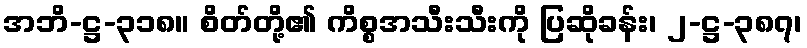
အဘိ-ဋ္ဌ-၃၁၈။ စိတ်တို့၏ ကိစ္စအသီးသီးကို ပြဆိုခန်း၊ ၂-ဋ္ဌ-၃၈၇၊